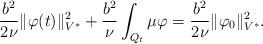
LaTeX: \begin{align*} \frac{b^2}{2 \nu} \| \varphi(t) \|^2_{V^*} + \frac{b^2}{\nu} \int_{Q_t} \mu \varphi = \frac{b^2}{2 \nu} \| \varphi_0 \|^2_{V^*}.\end{align*}